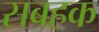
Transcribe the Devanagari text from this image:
सबहक